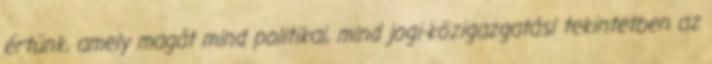
értünk, amely magát mind politikai, mind jogi-közigazgatási tekintetben az